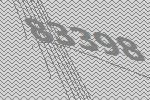
83398